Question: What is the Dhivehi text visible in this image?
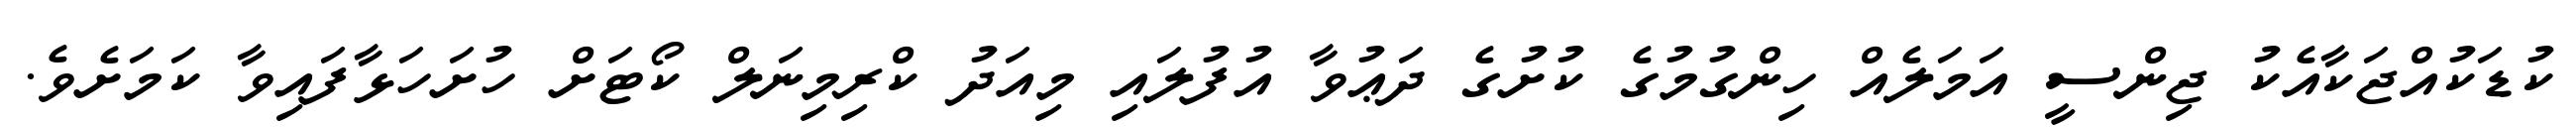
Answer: ކުޑަކުއްޖަކާއެކު ޖިންސީ އަމަލެއް ހިންގުމުގެ ކުށުގެ ދަޢުވާ އުފުލައި މިއަދު ކްރިމިނަލް ކޯޓަށް ހުށަހަޅާފައިވާ ކަމަށެވެ.